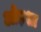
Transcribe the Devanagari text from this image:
ओड़शा